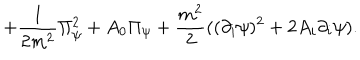
LaTeX: + { \frac { 1 } { 2 m ^ { 2 } } } \Pi _ { \psi } ^ { 2 } + A _ { 0 } \Pi _ { \psi } + { \frac { m ^ { 2 } } { 2 } } ( ( \partial _ { i } \psi ) ^ { 2 } + 2 A _ { i } \partial _ { i } \psi ) .